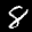
Label: 8